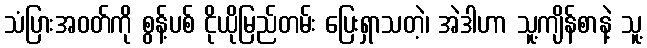
သံပြားအဝတ်ကို စွန့်ပစ် ငိုယိုမြည်တမ်း ပြေးရှာသတဲ့၊ အဲဒါဟာ သူ့ကျိန်စာနဲ့ သူ့